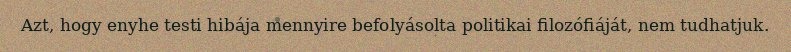
Azt, hogy enyhe testi hibája mennyire befolyásolta politikai filozófiáját, nem tudhatjuk.